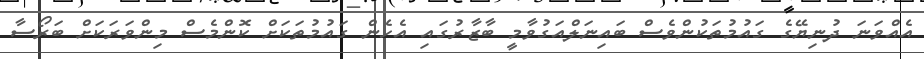
އެއްވަނަ ދުނިޔޭގެ ގައުމުތަކުންވެސް ބައިނަލްއަގުވާމީ ބާޒާރުގައި އެހެން ގައުމުތަކަށް ކޮންމެސް މިންވަރަކަށް ބަރޯސާ